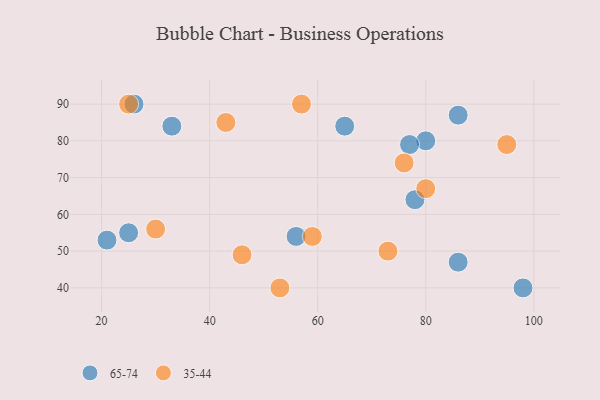
{"axis": {"x": "GDP", "y": "Life Expectancy"}, "legend": ["35-44", "65-74"], "data": [{"x": "21", "y": 53, "type": "65-74"}, {"x": "80", "y": 80, "type": "65-74"}, {"x": "33", "y": 84, "type": "65-74"}, {"x": "25", "y": 55, "type": "65-74"}, {"x": "78", "y": 64, "type": "65-74"}, {"x": "56", "y": 54, "type": "65-74"}, {"x": "98", "y": 40, "type": "65-74"}, {"x": "26", "y": 90, "type": "65-74"}, {"x": "65", "y": 84, "type": "65-74"}, {"x": "86", "y": 47, "type": "65-74"}, {"x": "77", "y": 79, "type": "65-74"}, {"x": "86", "y": 87, "type": "65-74"}, {"x": "76", "y": 74, "type": "35-44"}, {"x": "43", "y": 85, "type": "35-44"}, {"x": "73", "y": 50, "type": "35-44"}, {"x": "25", "y": 90, "type": "35-44"}, {"x": "59", "y": 54, "type": "35-44"}, {"x": "53", "y": 40, "type": "35-44"}, {"x": "30", "y": 56, "type": "35-44"}, {"x": "46", "y": 49, "type": "35-44"}, {"x": "57", "y": 90, "type": "35-44"}, {"x": "80", "y": 67, "type": "35-44"}, {"x": "95", "y": 79, "type": "35-44"}]}